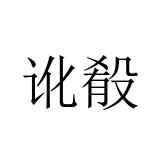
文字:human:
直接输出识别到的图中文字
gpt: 讹殽